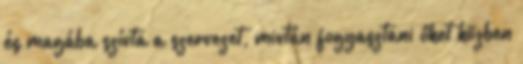
és magába szívta a szervezet, miután fogyasztani őket közben